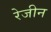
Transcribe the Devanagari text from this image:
रेजीन